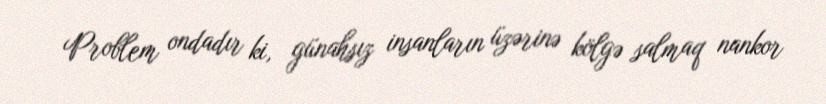
Problem ondadır ki, günahsız insanların üzərinə kölgə salmaq nankor